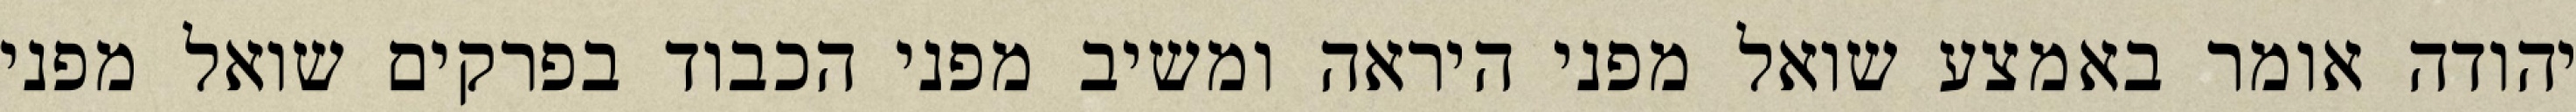
יהודה אומר באמצע שואל מפני היראה ומשיב מפני הכבוד בפרקים שואל מפני